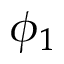
\phi _ { 1 }